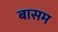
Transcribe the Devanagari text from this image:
बासम